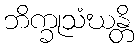
ဘိက္ခုသံဃန္တိ